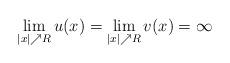
LaTeX: \begin{align*} \lim\limits_{|x|\nearrow R}u(x)= \lim\limits_{|x|\nearrow R}v(x)=\infty\end{align*}